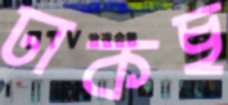
ঢাকছ